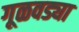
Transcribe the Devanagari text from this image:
गूळवड्या